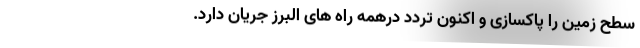
سطح زمین را پاکسازی و اکنون تردد درهمه راه های البرز جریان دارد.